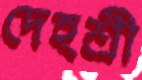
দেহশ্রী